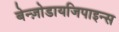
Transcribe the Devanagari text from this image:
बेन्ज़ोडायजिपाइन्स